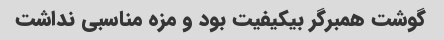
گوشت همبرگر بیکیفیت بود و مزه مناسبی نداشت